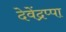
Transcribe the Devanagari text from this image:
देवेंद्रप्पा